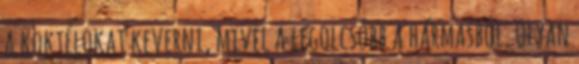
a koktélokat keverni, mivel a legolcsóbb a hármasból. Olyan